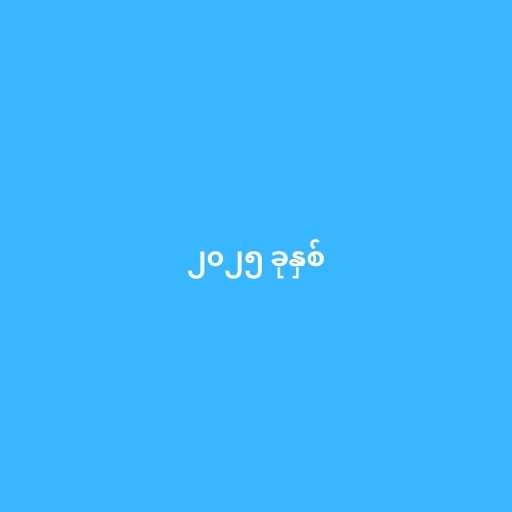
၂၀၂၅ ခုနှစ်